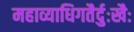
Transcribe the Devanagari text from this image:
महाव्याधिगतैर्दुःखैः